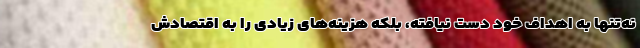
نه‌تنها به اهداف خود دست نیافته، بلکه هزینه‌های زیادی را به اقتصادش